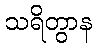
သရိတွာန